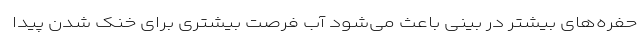
حفره‌های بیشتر در بینی باعث می‌شود آب فرصت بیشتری برای خنک شدن پیدا